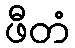
ဖီတံ